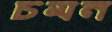
চমন